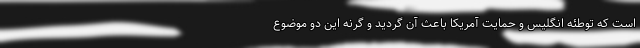
است که توطئه انگلیس و حمایت آمریکا باعث آن گردید و گرنه این دو موضوع